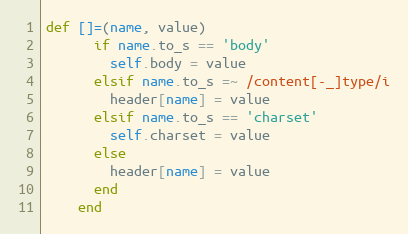
Language: Ruby
def []=(name, value)
      if name.to_s == 'body'
        self.body = value
      elsif name.to_s =~ /content[-_]type/i
        header[name] = value
      elsif name.to_s == 'charset'
        self.charset = value
      else
        header[name] = value
      end
    end